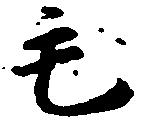
毛